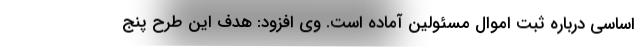
اساسی درباره ثبت اموال مسئولین آماده است. وی افزود: هدف این طرح پنج